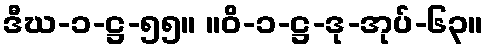
ဒီဃ-၁-ဋ္ဌ-၅၅။ ။ဝိ-၁-ဋ္ဌ-ဒု-အုပ်-၆၃။